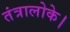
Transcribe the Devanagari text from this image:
तंत्रालोके।